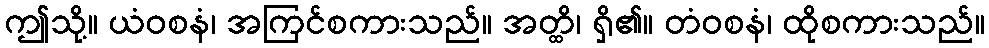
ဤသို့။ ယံဝစနံ၊ အကြင်စကားသည်။ အတ္ထိ၊ ရှိ၏။ တံဝစနံ၊ ထိုစကားသည်။